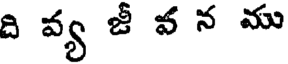
ది వ్య జీ వ న ము